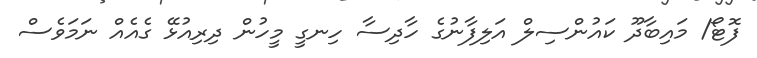
ފޮޓޯ/ މައިބާދޫ ކައުންސިލް އަލިފާނުގެ ހާދިސާ ހިނގީ މީހުން ދިރިއުޅޭ ގެއެއް ނަމަވެސް